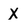
Character: X